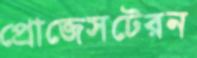
প্রোজেসটেরন